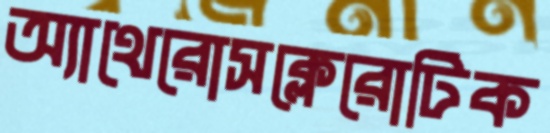
অ্যাথেরোসক্লেরোটিক